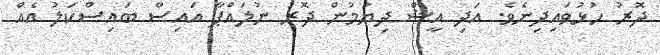
ދޮރު ހުޅުވައިދިނެވެ. އަދި އީޝް ދިޔުމުން ދޮރު ނުލައްޕާ އައިސް ބައިސްކަލު އެއް